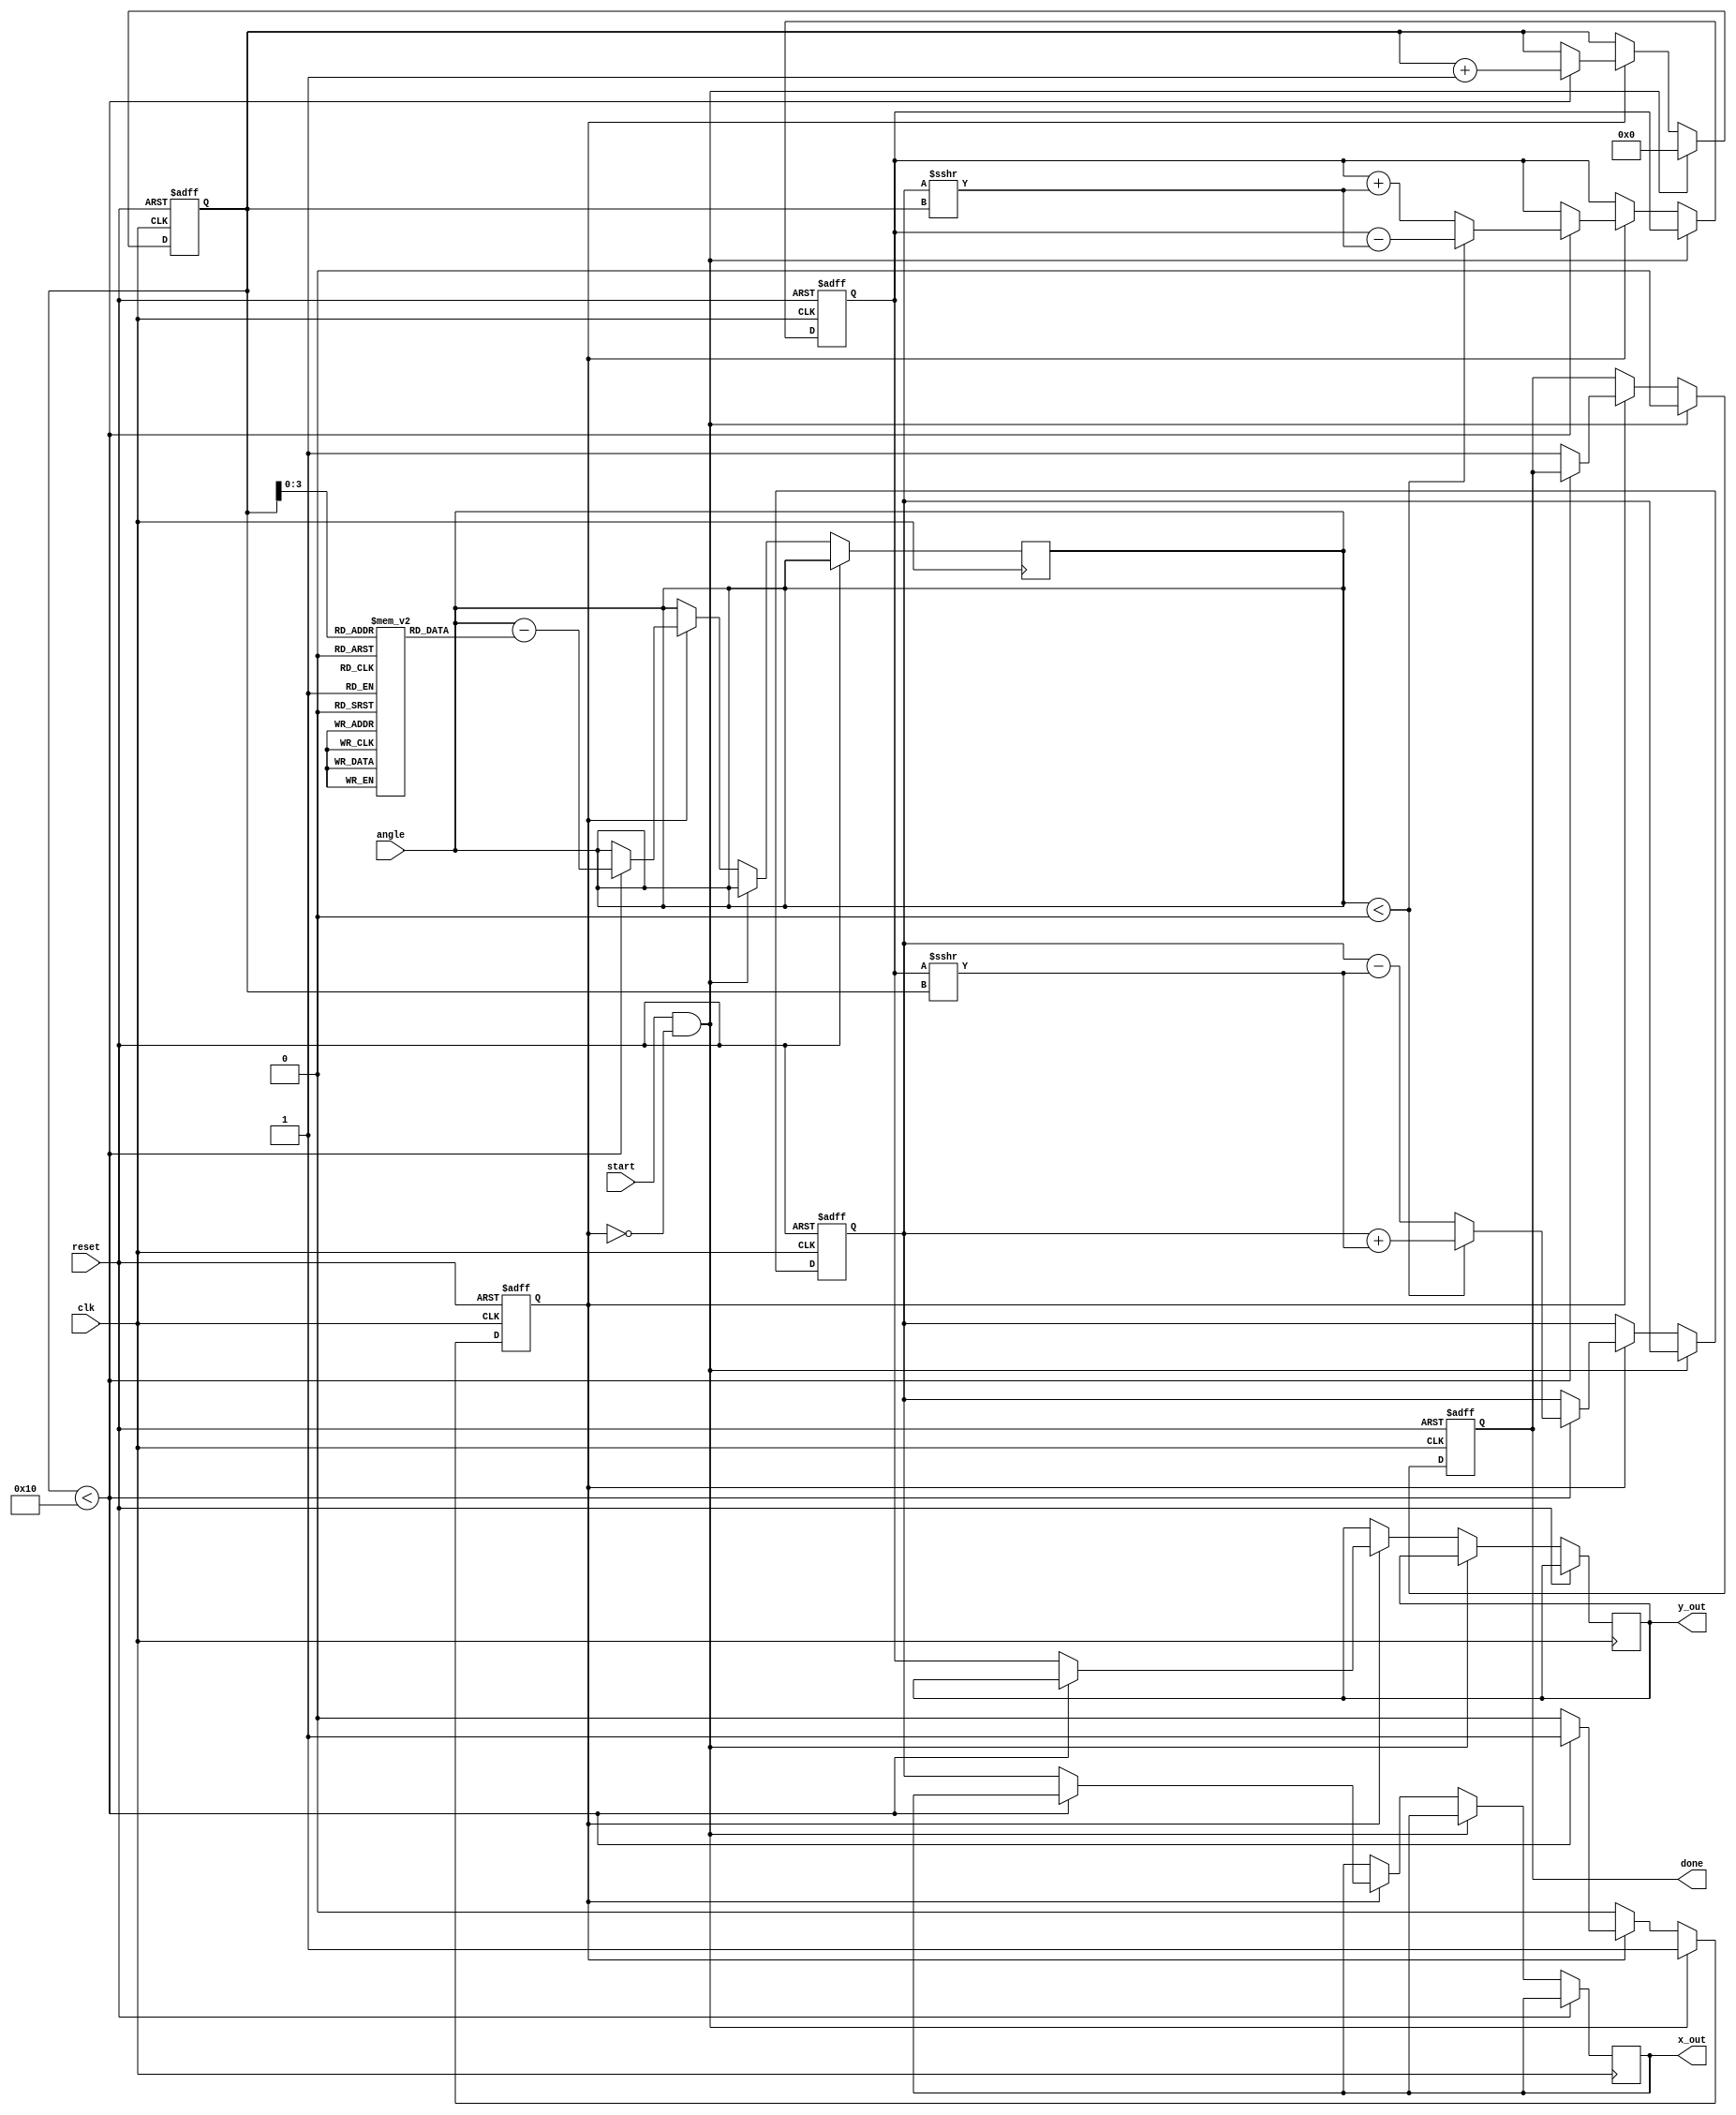
module cordic_rotational #(
    parameter N = 16,  // Number of iterations
    parameter FIXED_POINT_WIDTH = 16
)(
    input wire clk,
    input wire reset,
    input wire start,
    input wire signed [FIXED_POINT_WIDTH-1:0] angle,  // Input angle in radians
    output reg signed [FIXED_POINT_WIDTH-1:0] x_out,    // Cosine result
    output reg signed [FIXED_POINT_WIDTH-1:0] y_out,    // Sine result
    output reg done
);

    // CORDIC angle lookup table (arctan(2^-i) values)
    reg signed [FIXED_POINT_WIDTH-1:0] atan_table [0:N-1];

    // Initialize atan_table with pre-calculated values
    initial begin
        atan_table[0] = 16'h3243; // atan(2^0) = 45 degrees in fixed-point
        atan_table[1] = 16'h1DAC; // atan(2^-1) = 26.565 degrees
        atan_table[2] = 16'h1A1D; // atan(2^-2) = 14.036 degrees
        atan_table[3] = 16'h0FAD; // atan(2^-3) = 7.125 degrees
        // Continue filling the table for N iterations...
        // Add more values as needed
    end

    // Internal registers
    reg signed [FIXED_POINT_WIDTH-1:0] x_reg;
    reg signed [FIXED_POINT_WIDTH-1:0] y_reg;
    reg [4:0] iteration;  // Iteration counter

    // Control signals
    reg running;

    // Main CORDIC algorithm
    always @(posedge clk or posedge reset) begin
        if (reset) begin
            x_reg <= 16'h0001; // Initial x = 1
            y_reg <= 16'h0000; // Initial y = 0
            iteration <= 0;
            done <= 0;
            running <= 0;
        end else if (start && !running) begin
            running <= 1;
            iteration <= 0;
            done <= 0;
        end else if (running) begin
            if (iteration < N) begin
                // Determine the direction of rotation
                if (angle < 0) begin
                    // Counter-clockwise rotation
                    x_reg <= x_reg + (y_reg >>> iteration);
                    y_reg <= y_reg - (x_reg >>> iteration);
                end else begin
                    // Clockwise rotation
                    x_reg <= x_reg - (y_reg >>> iteration);
                    y_reg <= y_reg + (x_reg >>> iteration);
                end

                // Update angle for next iteration
                angle <= angle - atan_table[iteration];

                // Increment iteration counter
                iteration <= iteration + 1;
            end else begin
                // Operation complete
                x_out <= x_reg;
                y_out <= y_reg;
                done <= 1;
                running <= 0;
            end
        end
    end

endmodule